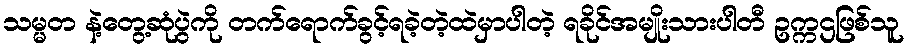
သမ္မတ နဲ့တွေ့ဆုံပွဲကို တက်ရောက်ခွင့်ရခဲ့တဲ့ထဲမှာပါတဲ့ ရခိုင်အမျိုးသားပါတီ ဥက္ကဌဖြစ်သူ